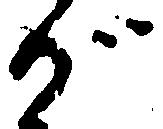
が